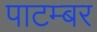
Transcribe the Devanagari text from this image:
पाटम्बर